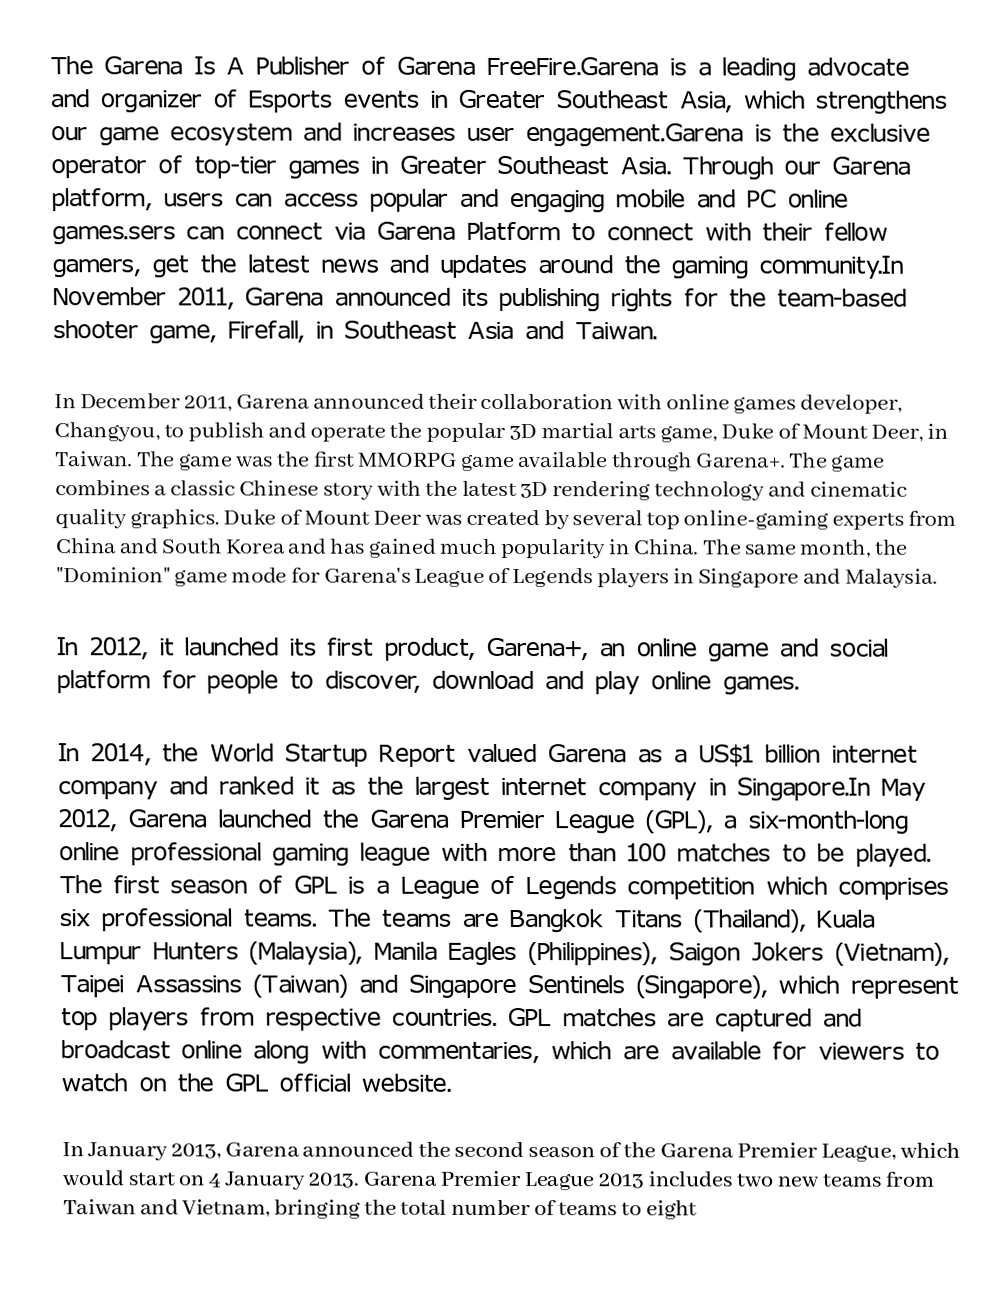
The Garena Is A Publisher of Garena FreeFire.Garena is a leading advocate and organizer of Esports events in Greater Southeast Asia, which strengthens our game ecosystem and increases user engagement.Garena is the exclusive operator of top-tier games in Greater Southeast Asia. Through our Garena platform, users can access popular and engaging mobile and PC online games.sers can connect via Garena Platform to connect with their fellow gamers, get the latest news and updates around the gaming community.In November 2011, Garena announced its publishing rights for the team-based shooter game, Firefall, in Southeast Asia and Taiwan.

In December 2011, Garena announced their collaboration with online games developer, Changyou, to publish and operate the popular 3D martial arts game, Duke of Mount Deer, in Taiwan. The game was the first MMORPG game available through Garena+. The game combines a classic Chinese story with the latest 3D rendering technology and cinematic quality graphics. Duke of Mount Deer was created by several top online-gaming experts from China and South Korea and has gained much popularity in China. The same month, the "Dominion" game mode for Garena's League of Legends players in Singapore and Malaysia.

In 2012, it launched its first product, Garena+, an online game and social platform for people to discover, download and play online games.

In 2014, the World Startup Report valued Garena as a US$1 billion internet company and ranked it as the largest internet company in Singapore.In May 2012, Garena launched the Garena Premier League (GPL), a six-month-long online professional gaming league with more than 100 matches to be played. The first season of GPL is a League of Legends competition which comprises six professional teams. The teams are Bangkok Titans (Thailand), Kuala Lumpur Hunters (Malaysia), Manila Eagles (Philippines), Saigon Jokers (Vietnam), Taipei Assassins (Taiwan) and Singapore Sentinels (Singapore), which represent top players from respective countries. GPL matches are captured and broadcast online along with commentaries, which are available for viewers to watch on the GPL official website.

In January 2013, Garena announced the second season of the Garena Premier League, which would start on 4 January 2013. Garena Premier League 2013 includes two new teams from Taiwan and Vietnam, bringing the total number of teams to eight